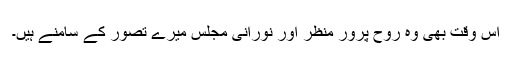
اس وقت بھی وہ روح پرور منظر اور نورانی مجلس میرے تصور کے سامنے ہیں۔